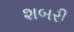
શબરી